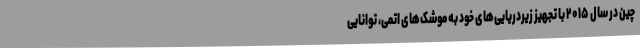
چین در سال ۲۰۱۵ با تجهیز زیردریایی‌های خود به موشک‌های اتمی، توانایی